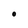
Character: O